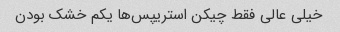
خیلی عالی فقط چیکن استریپس‌ها یکم خشک بودن